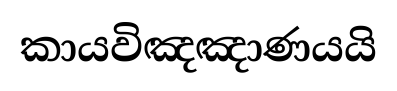
කායවිඤඤාණයයි